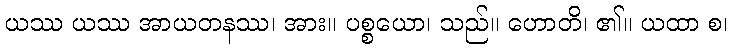
ယဿ ယဿ အာယတနဿ၊ အား။ ပစ္စယော၊ သည်။ ဟောတိ၊ ၏။ ယထာ စ၊